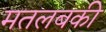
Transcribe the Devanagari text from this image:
मतलबकी